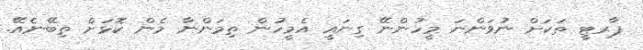
ޕާރޓީ ތަކަށް ނުވަންނަ މީހުންނޭ ގިނައީ އެމީހުން ތިމަންނާ މެން ކޮޅަށް ތިބޭނެއޭ.